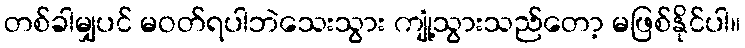
တစ်ခါမျှပင် မဝတ်ရပါဘဲသေးသွား ကျုံ့သွားသည်တော့ မဖြစ်နိုင်ပါ။